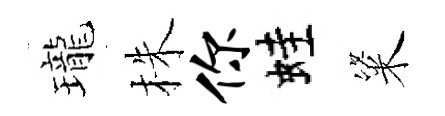
瓏株你蛙粢